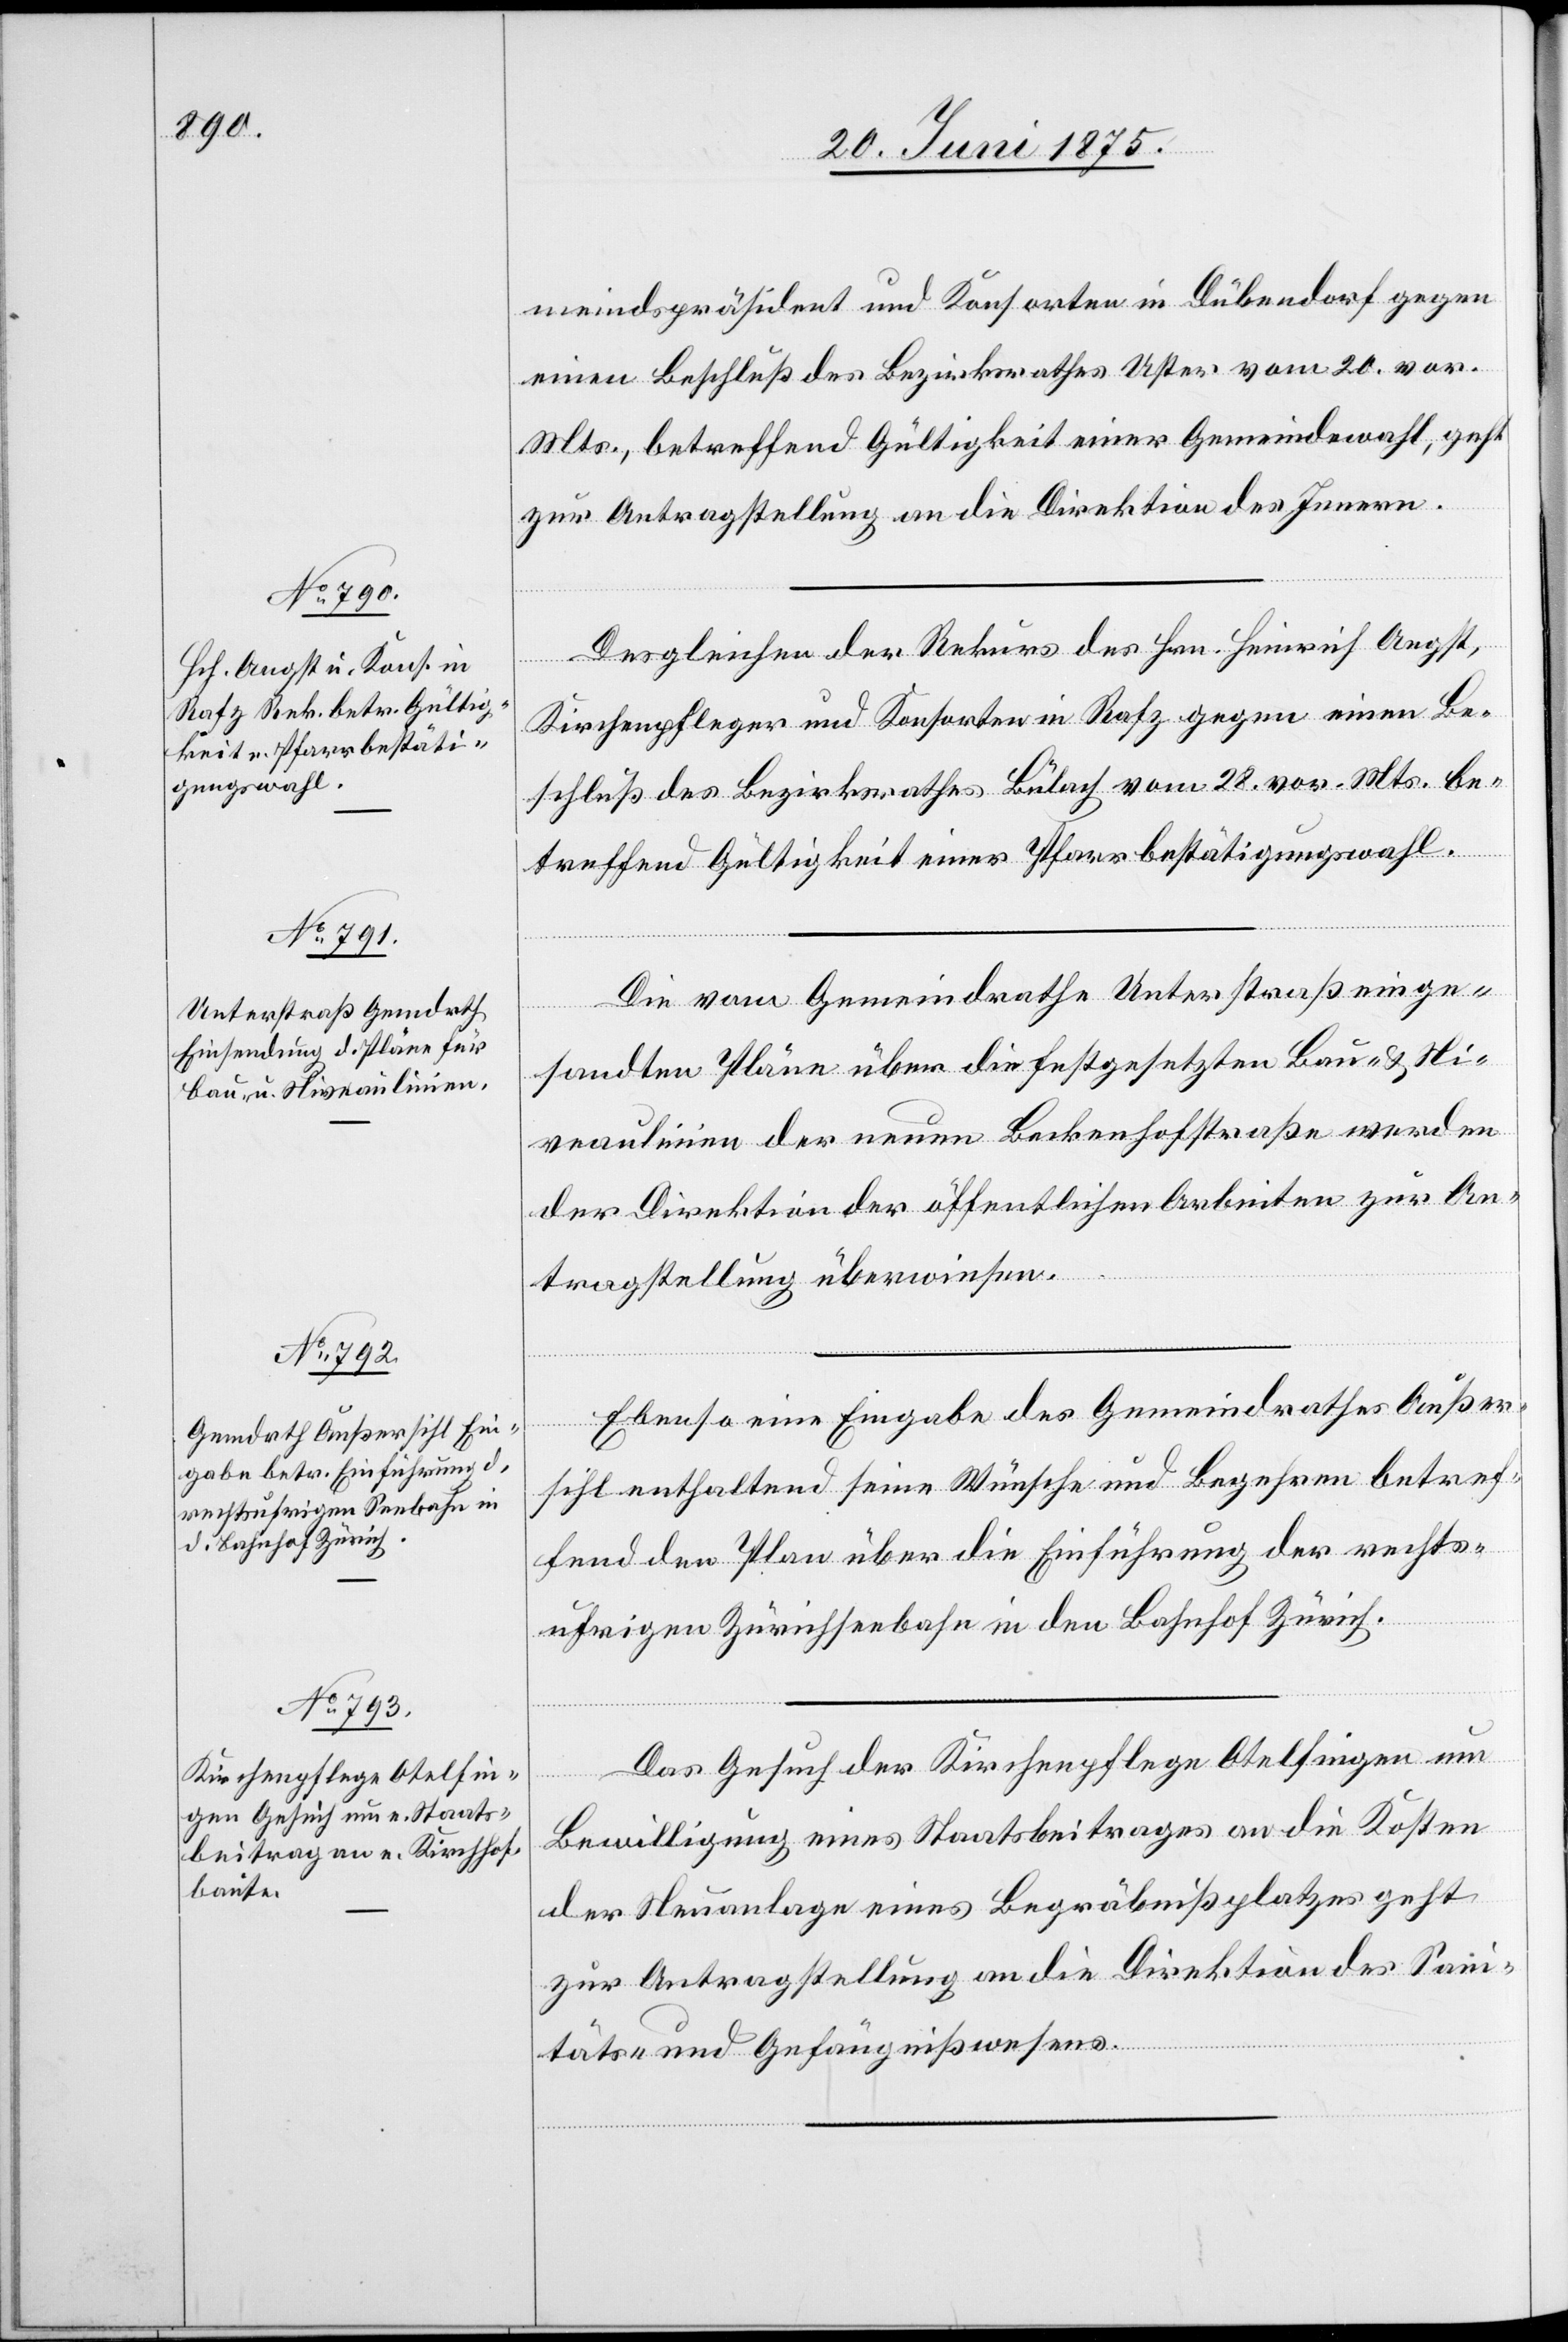
25. Juni 1875.]
meindspräsident und Konsorten in Dübendorf gegen
einen Beschluß des Bezirksrathes Uster vom 20. vor.
Mts., betreffend Gültigkeit einer Gemeindewahl, geht
zur Antragstellung an die Direktion des Innern.
Desgleichen der Rekurs des Hrn. Heinrich Angst,
Kirchenpfleger und Konsorten in Rafz gegen eine Be¬
schluß des Bezirksrathes Bülach vom 28. vor. Mts. be¬
treffend Gültigkeit einer Pfarrbestätigungswahl.
Die vom Gemeindrathe Unterstraß einge¬
sandten Pläne über die festgesetzten Bau- & Ni¬
veaulinien der neuen Beckenhofstraße werden
der Direktion der öffentlichen Arbeiten zur An¬
tragstellung überwiesen.
Ebenso eine Eingabe des Gemeindrathes Außer¬
sihl enthaltend seine Wünsche und Begehren betref¬
fend den Plan über die Einführung der rechts¬
von
ufrigen Zürichseebahn in den Bahnhof Zürich.
Das Gesuch der Kirchenpflege Otelfingen um
Bewilligung eines Staatsbeitrages an die Kosten
der Neuanlage eines Begräbnißplatzes geht
zur Antragstellung an die Direktion des Sani¬
täts- und Gefängnißwesens.